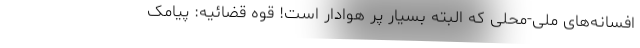
افسانه‌های ملی-محلی که البته بسیار پر هوادار است! قوه قضائیه: پیامک